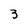
Character: 3